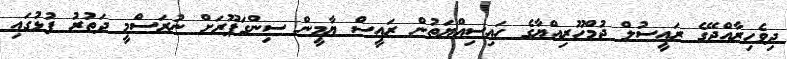
ދިވެހިރާއްޖޭގެ ރައީސުލް ޖުމްހޫރިއްޔާގެ ހައިސިއްޔަތުން ރައީސް ޔާމީން ސިންގަޕޫރަށް ނުރަސްމީ ދަތުރު ފުޅުގައި